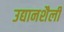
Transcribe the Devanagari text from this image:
उद्यानशैली